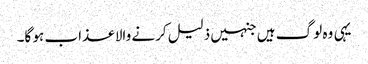
یہی وہ لوگ ہیں جنہیں ذلیل کرنے والا عذاب ہو گا۔